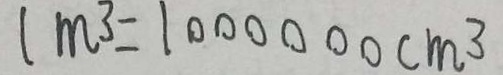
l m ^ { 3 } = 1 0 0 0 0 0 0 c m ^ { 3 }